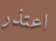
اعتذر